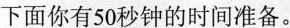
下面你有50秒钟的时间准备.。